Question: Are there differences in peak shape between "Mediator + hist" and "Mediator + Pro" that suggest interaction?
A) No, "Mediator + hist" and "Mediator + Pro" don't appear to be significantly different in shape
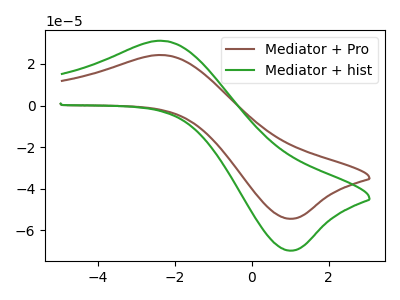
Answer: <think>The brown curve "Mediator + Pro" has an anodic peak at (-2.30V, 24.25uA) and a cathodic peak at (1.05V, -54.40uA). The green curve "Mediator + hist" has an anodic peak at (-2.30V, 31.05uA) and a cathodic peak at (1.05V, -69.70uA).
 All the peaks in "Mediator + hist" have a peak in "Mediator + Pro" at the same potential. Every peak in "Mediator + hist" is higher than every peak in "Mediator + Pro".</think>
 <answer>A) No, "Mediator + hist" and "Mediator + Pro" don't appear to be significantly different in shape</answer>
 <eval>A</eval>